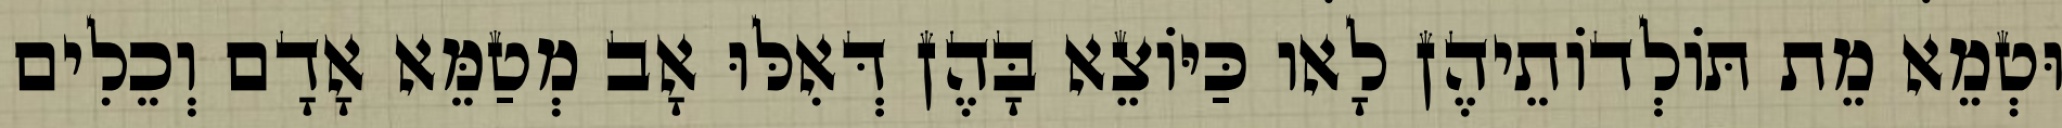
וּטְמֵא מֵת תּוֹלְדוֹתֵיהֶן לָאו כַּיּוֹצֵא בָּהֶן דְּאִלּוּ אָב מְטַמֵּא אָדָם וְכֵלִים